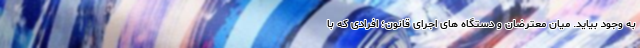
به وجود بیاید. میان معترضان و دستگاه های اجرای قانون؛ افرادی که با